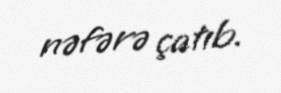
nəfərə çatıb.